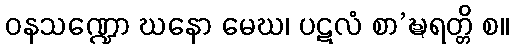
ဝနသဏ္ဍော ဃနော မေဃ၊ ပဋလံ စာ’ဍ္ဎရတ္တိ စ။